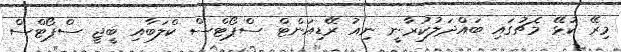
މިރޭ ކުޅޭ މެޗުގައި ބައްދަލުކުރާނީ ނިއު ރޭޑިއަންޓް ސްޕޯޓްސް ކްލަބާއި ބީޖީ ސްޕޯޓްސް